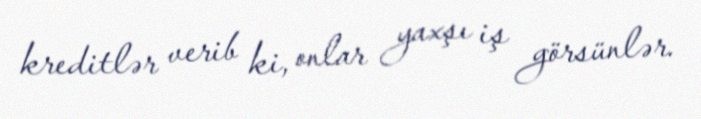
kreditlər verib ki, onlar yaxşı iş görsünlər.